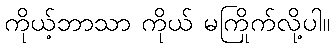
ကိုယ့်ဘာသာ ကိုယ် မကြိုက်လို့ပါ။